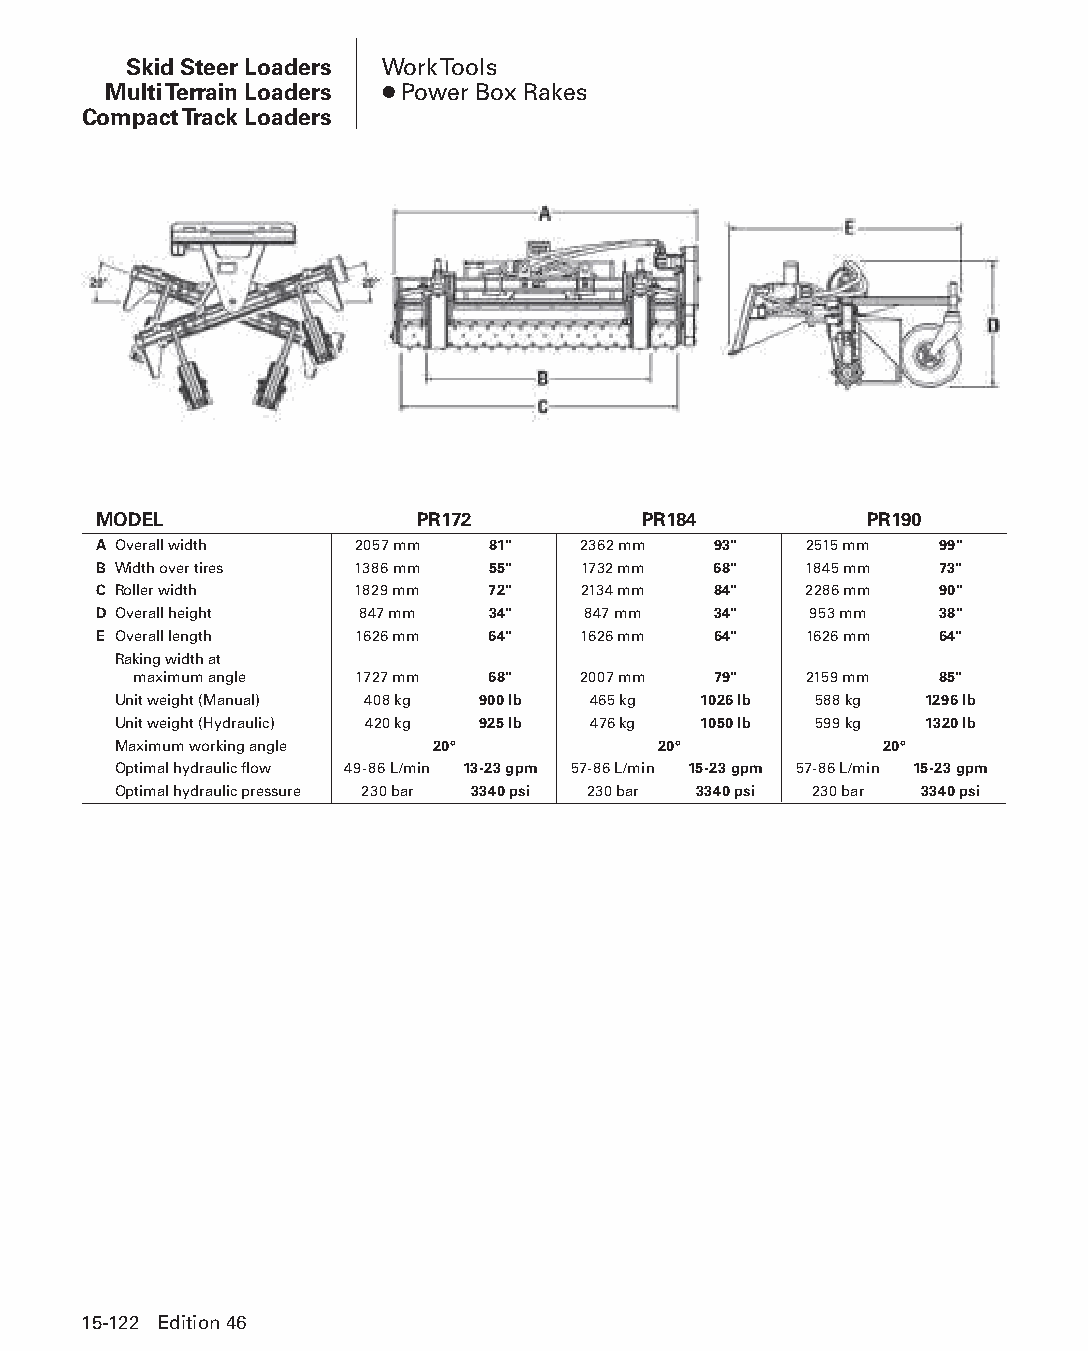
Skid Steer Loaders Work Tools
 Multi Terrain Loaders ● Power Box Rakes
 Compact Track Loaders
 MODEL                PR172          PR184          PR190
 A Overall width  2057 mm  81"   2362 mm  93"   2515 mm 99"
 B Width over tires 1386 mm 55"  1732 mm  68"   1845 mm 73"
 C Roller width   1829 mm  72"   2134 mm  84"   2286 mm 90"
 D Overall height 847 mm   34"   847 mm   34"   953 mm  38"
 E Overall length 1626 mm  64"   1626 mm  64"   1626 mm 64"
 Raking width at
 maximum angle  1727 mm  68"   2007 mm  79"   2159 mm 85"
 Unit weight (Manual) 408 kg 900 lb 465 kg 1026 lb 588 kg 1296 lb
 Unit weight (Hydraulic) 420 kg 925 lb 476 kg 1050 lb 599 kg 1320 lb
 Maximum working angle 20°           20°            20°
 Optimal hydraulic flow 49-86 L/min 13-23 gpm 57-86 L/min 15-23 gpm 57-86 L/min 15-23 gpm
 Optimal hydraulic pressure 230 bar 3340 psi 230 bar 3340 psi 230 bar 3340 psi
 15-122 Edition 46
 PPHHBB--SSeecc1155--1166..iinndddd 112222                      1122//44//1155 1100::5511 AAMM